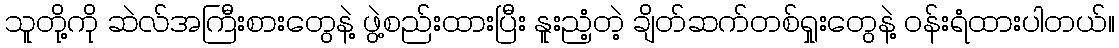
သူတို့ကို ဆဲလ်အကြီးစားတွေနဲ့ ဖွဲ့စည်းထားပြီး နူးညံ့တဲ့ ချိတ်ဆက်တစ်ရှုးတွေနဲ့ ဝန်းရံထားပါတယ်။